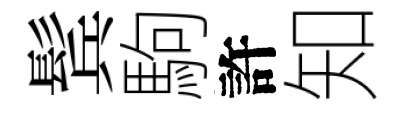
鬂駒許知